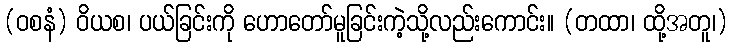
(ဝစနံ) ဝိယစ၊ ပယ်ခြင်းကို ဟောတော်မူခြင်းကဲ့သို့လည်းကောင်း။ (တထာ၊ ထို့အတူ၊)